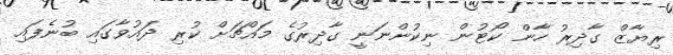
ރިޔާޒް ގާދިރު ހާން ކޯޓުން ނިކުންނަނީ ގާދިރުގެ މައްޗަށް ކުރި ދައުވާގައި ބުނެފައި